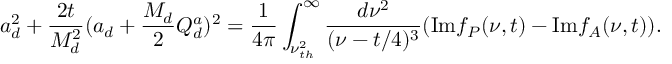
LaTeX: a _ { d } ^ { 2 } + { \frac { 2 t } { M _ { d } ^ { 2 } } } ( a _ { d } + { \frac { M _ { d } } { 2 } } Q _ { d } ^ { a } ) ^ { 2 } = { \frac { 1 } { 4 \pi } } \int _ { \nu _ { t h } ^ { 2 } } ^ { \infty } { \frac { d \nu ^ { 2 } } { ( \nu - t / 4 ) ^ { 3 } } } ( \mathrm { I m } f _ { P } ( \nu , t ) - \mathrm { I m } f _ { A } ( \nu , t ) ) .